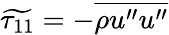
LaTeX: \widetilde{\tau_{11}}=-\overline{{\rho u^{\prime\prime}u^{\prime\prime}}}